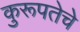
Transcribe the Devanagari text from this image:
कुरूपतेचे